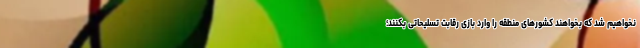
نخواهیم شد که بخواهند کشورهای منطقه را وارد بازی رقابت تسلیحاتی بکنند؛